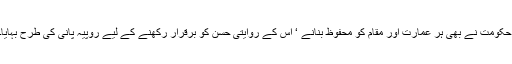
حکومت نے بھی ہر عمارت اور مقام کو محفوظ بنانے ‘ اس کے روایتی حسن کو برقرار رکھنے کے لیے روپیہ پانی کی طرح بہایا۔